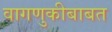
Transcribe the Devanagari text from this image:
वागणुकीबाबत